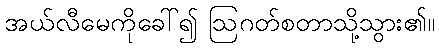
အယ်လီမေကိုခေါ်၍ ဩဂတ်စတာသို့သွား၏။